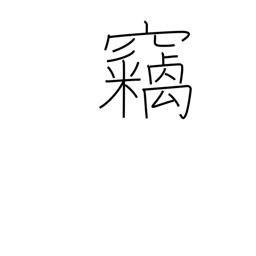
Meaning: hushed